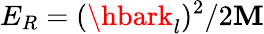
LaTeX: E_{R}=(\hbark_{l})^{2}/2\mathbf{M}